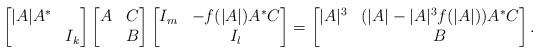
LaTeX: \begin{align*}\left[\begin{matrix} |A|A^* & \\ & I_k \end{matrix}\right]\left[\begin{matrix} A & C\\ & B \end{matrix}\right]\left[\begin{matrix} I_m & -f(|A|)A^*C \\ & I_l \end{matrix}\right]=\left[\begin{matrix} |A|^3 & (|A|-|A|^3f(|A|))A^*C\\ & B \end{matrix}\right].\end{align*}